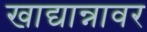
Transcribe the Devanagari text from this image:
खाद्यान्नावर